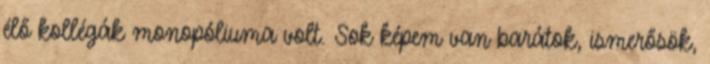
élő kollégák monopóliuma volt. Sok képem van barátok, ismerősök,